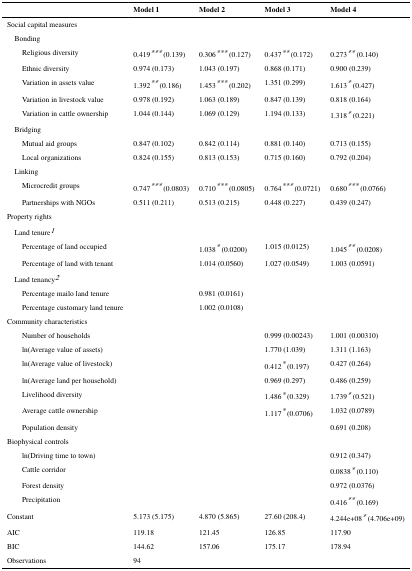
<table><thead><tr><td></td><td><b>Model 1</b></td><td><b>Model 2</b></td><td><b>Model 3</b></td><td><b>Model 4</b></td></tr></thead><tbody><tr><td colspan="5">Social capital measures</td></tr><tr><td colspan="5"> Bonding</td></tr><tr><td>Religious diversity</td><td>0.419*** (0.139)</td><td>0.306*** (0.127)</td><td>0.437** (0.172)</td><td>0.273** (0.140)</td></tr><tr><td>Ethnic diversity</td><td>0.974 (0.173)</td><td>1.043 (0.197)</td><td>0.868 (0.171)</td><td>0.900 (0.239)</td></tr><tr><td>Variation in assets value</td><td>1.392** (0.186)</td><td>1.453*** (0.202)</td><td>1.351 (0.299)</td><td>1.613* (0.427)</td></tr><tr><td>Variation in livestock value</td><td>0.978 (0.192)</td><td>1.063 (0.189)</td><td>0.847 (0.139)</td><td>0.818 (0.164)</td></tr><tr><td>Variation in cattle ownership</td><td>1.044 (0.144)</td><td>1.069 (0.129)</td><td>1.194 (0.133)</td><td>1.318* (0.221)</td></tr><tr><td colspan="5"> Bridging</td></tr><tr><td>Mutual aid groups</td><td>0.847 (0.102)</td><td>0.842 (0.114)</td><td>0.881 (0.140)</td><td>0.713 (0.155)</td></tr><tr><td>Local organizations</td><td>0.824 (0.155)</td><td>0.813 (0.153)</td><td>0.715 (0.160)</td><td>0.792 (0.204)</td></tr><tr><td colspan="5"> Linking</td></tr><tr><td>Microcredit groups</td><td>0.747*** (0.0803)</td><td>0.710*** (0.0805)</td><td>0.764*** (0.0721)</td><td>0.680*** (0.0766)</td></tr><tr><td>Partnerships with NGOs</td><td>0.511 (0.211)</td><td>0.513 (0.215)</td><td>0.448 (0.227)</td><td>0.439 (0.247)</td></tr><tr><td colspan="5">Property rights</td></tr><tr><td colspan="5"> Land tenure1</td></tr><tr><td>Percentage of land occupied</td><td></td><td>1.038* (0.0200)</td><td>1.015 (0.0125)</td><td>1.045** (0.0208)</td></tr><tr><td>Percentage of land with tenant</td><td></td><td>1.014 (0.0560)</td><td>1.027 (0.0549)</td><td>1.003 (0.0591)</td></tr><tr><td colspan="5"> Land tenancy2</td></tr><tr><td>Percentage mailo land tenure</td><td></td><td>0.981 (0.0161)</td><td></td><td></td></tr><tr><td>Percentage customary land tenure</td><td></td><td>1.002 (0.0108)</td><td></td><td></td></tr><tr><td colspan="5">Community characteristics</td></tr><tr><td>Number of households</td><td></td><td></td><td>0.999 (0.00243)</td><td>1.001 (0.00310)</td></tr><tr><td>ln(Average value of assets)</td><td></td><td></td><td>1.770 (1.039)</td><td>1.311 (1.163)</td></tr><tr><td>ln(Average value of livestock)</td><td></td><td></td><td>0.412* (0.197)</td><td>0.427 (0.264)</td></tr><tr><td>ln(Average land per household)</td><td></td><td></td><td>0.969 (0.297)</td><td>0.486 (0.259)</td></tr><tr><td>Livelihood diversity</td><td></td><td></td><td>1.486* (0.329)</td><td>1.739* (0.521)</td></tr><tr><td>Average cattle ownership</td><td></td><td></td><td>1.117* (0.0706)</td><td>1.032 (0.0789)</td></tr><tr><td>Population density</td><td></td><td></td><td></td><td>0.691 (0.208)</td></tr><tr><td colspan="5">Biophysical controls</td></tr><tr><td>ln(Driving time to town)</td><td></td><td></td><td></td><td>0.912 (0.347)</td></tr><tr><td>Cattle corridor</td><td></td><td></td><td></td><td>0.0838* (0.110)</td></tr><tr><td>Forest density</td><td></td><td></td><td></td><td>0.972 (0.0376)</td></tr><tr><td>Precipitation</td><td></td><td></td><td></td><td>0.416** (0.169)</td></tr><tr><td>Constant</td><td>5.173 (5.175)</td><td>4.870 (5.865)</td><td>27.60 (208.4)</td><td>4.244e+08* (4.706e+09)</td></tr><tr><td>AIC</td><td>119.18</td><td>121.45</td><td>126.85</td><td>117.90</td></tr><tr><td>BIC</td><td>144.62</td><td>157.06</td><td>175.17</td><td>178.94</td></tr><tr><td>Observations</td><td>94</td><td></td><td></td><td></td></tr></tbody></table>